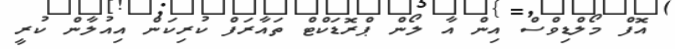
އޮފް މޯލްޑިވްސް އިން އާ ލޯން ޕްރޮޑަކްޓް ތައާރަފް ކުރިކަން އިއުލާން ކުރީ